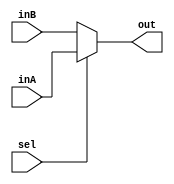
module MUX_2_To_1(inA,inB,sel,out);
  parameter n = 5;
  input [n-1:0]inA,inB;
  input [0:0]sel;
  output [n-1:0]out;
  
assign out = sel?inA:inB;


endmodule